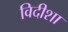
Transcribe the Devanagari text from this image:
विदीशा